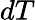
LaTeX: dT